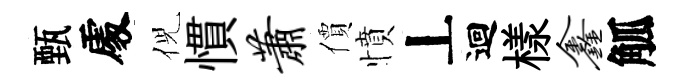
甄𠁅倪慣萧價憤丄迴樣鑫觚